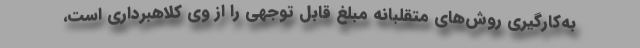
به‌کارگیری روش‌های متقلبانه مبلغ قابل توجهی را از وی کلاهبرداری است،